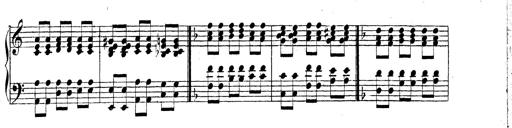
Title: Technische Studien
Composer: Franz Liszt